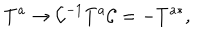
LaTeX: T ^ { a } \to { \cal C } ^ { - 1 } T ^ { a } { \cal C } = - T ^ { a * } ,